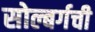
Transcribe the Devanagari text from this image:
सोल्बर्गची